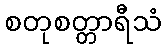
စတုစတ္တာရီသံ